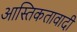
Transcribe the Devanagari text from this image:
आस्तिकतावादी